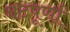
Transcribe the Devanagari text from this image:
नटपूर्णा